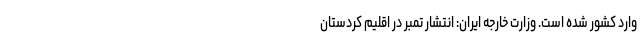
وارد کشور شده است. وزارت خارجه ایران: انتشار تمبر در اقلیم کردستان